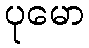
ပုမော